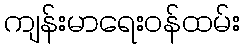
ကျန်းမာရေးဝန်ထမ်း